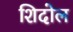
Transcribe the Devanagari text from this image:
शिदोल